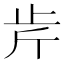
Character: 𣥍